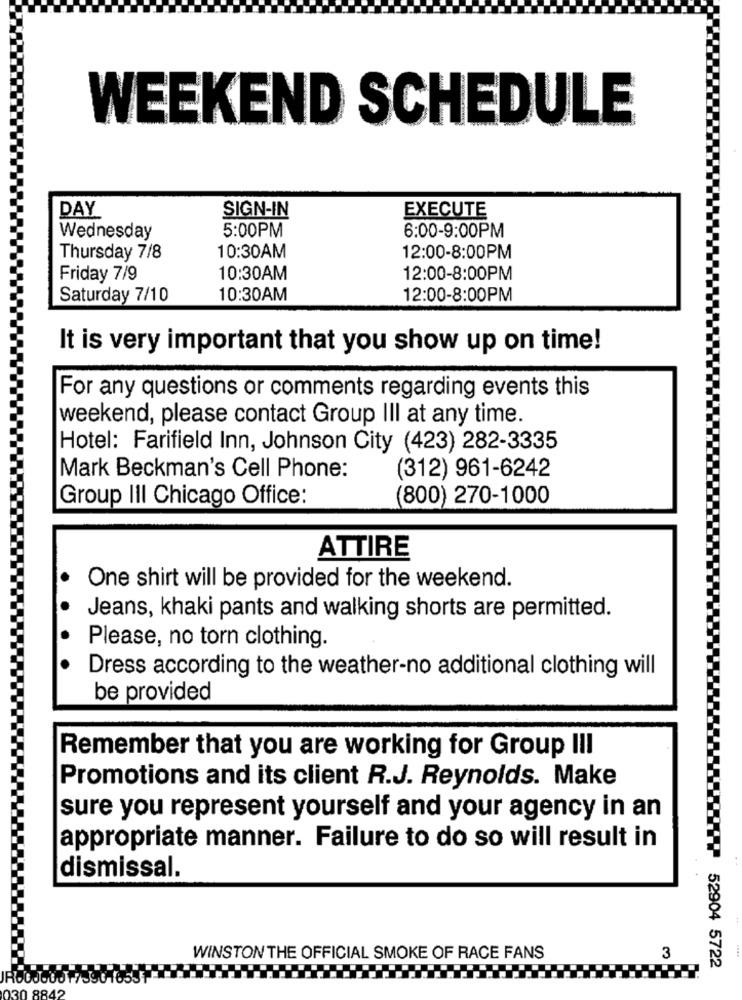
WEEKEND SCHEDULE
DAY
SIGN-IN
EXECUTE
5:00PM
6:00-9:00PM
Wednesday
Thursday 7/8
10:30AM
12:00-8:00PM
Friday 7/9
10:30AM
12:00-8:00PM
Saturday 7/10
10:30AM
12:00-8:00PM
It is very important that you show up on time!
For any questions or comments regarding events this
weekend, please contact Group III at any time.
Hotel: Farifield Inn, Johnson City (423) 282-3335
Mark Beckman's Cell Phone:
(312) 961-6242
Group III Chicago Office:
(800) 270-1000
ATTIRE
One shirt will be provided for the weekend.
Jeans, khaki pants and walking shorts are permitted.
Please, no torn clothing.
Dress according to the weather-no additional clothing will
be provided
Remember that you are working for Group III
Promotions and its client R.J. Reynolds. Make
sure you represent yourself and your agency in an
appropriate manner. Failure to do so will result in
dismissal.
WINSTON THE OFFICIAL SMOKE OF RACE FANS
3
52904 5722